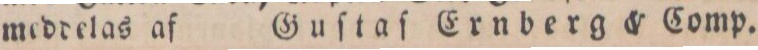
meddelas af Guſtaf Ernberg & Comp.